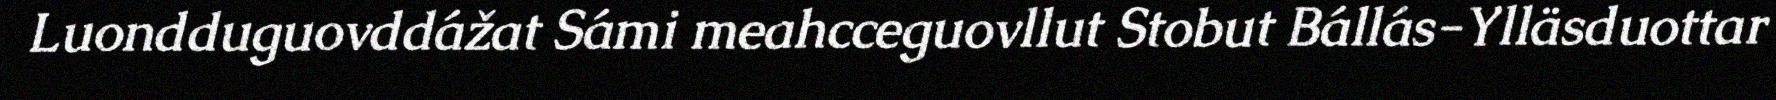
Luondduguovddážat Sámi meahcceguovllut Stobut Bállás-Ylläsduottar